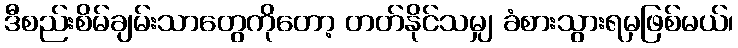
ဒီစည်းစိမ်ချမ်းသာတွေကိုတော့ တတ်နိုင်သမျှ ခံစားသွားရမှဖြစ်မယ်၊